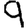
Digit: 9